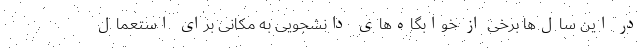
در این سال‌ها برخی از خوابگاه‌های دانشجویی به مکانی برای استعمال